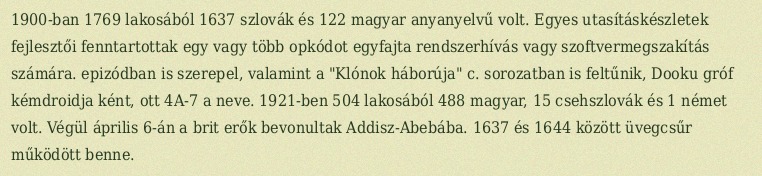
1900-ban 1769 lakosából 1637 szlovák és 122 magyar anyanyelvű volt. Egyes utasításkészletek fejlesztői fenntartottak egy vagy több opkódot egyfajta rendszerhívás vagy szoftvermegszakítás számára. epizódban is szerepel, valamint a "Klónok háborúja" c. sorozatban is feltűnik, Dooku gróf kémdroidja ként, ott 4A-7 a neve. 1921-ben 504 lakosából 488 magyar, 15 csehszlovák és 1 német volt. Végül április 6-án a brit erők bevonultak Addisz-Abebába. 1637 és 1644 között üvegcsűr működött benne.